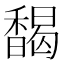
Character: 馤